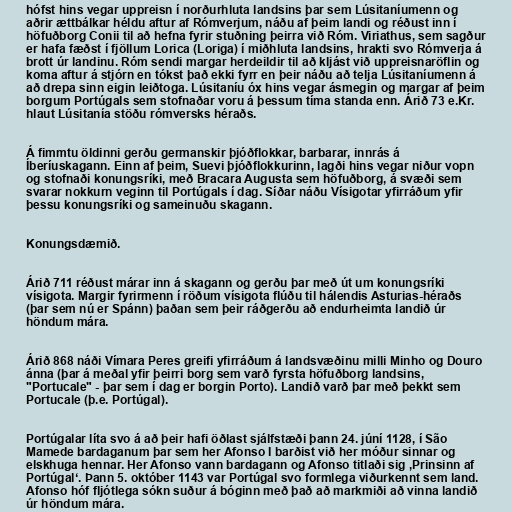
hófst hins vegar uppreisn í norðurhluta landsins þar sem Lúsitaníumenn og
aðrir ættbálkar héldu aftur af Rómverjum, náðu af þeim landi og réðust inn í
höfuðborg Conii til að hefna fyrir stuðning þeirra við Róm. Viriathus, sem sagður
er hafa fæðst í fjöllum Lorica (Loriga) í miðhluta landsins, hrakti svo Rómverja á
brott úr landinu. Róm sendi margar herdeildir til að kljást við uppreisnaröflin og
koma aftur á stjórn en tókst það ekki fyrr en þeir náðu að telja Lúsitaníumenn á
að drepa sinn eigin leiðtoga. Lúsitaníu óx hins vegar ásmegin og margar af þeim
borgum Portúgals sem stofnaðar voru á þessum tíma standa enn. Árið 73 e.Kr.
hlaut Lúsitanía stöðu rómversks héraðs.

Á fimmtu öldinni gerðu germanskir þjóðflokkar, barbarar, innrás á
Íberíuskagann. Einn af þeim, Suevi þjóðflokkurinn, lagði hins vegar niður vopn
og stofnaði konungsríki, með Bracara Augusta sem höfuðborg, á svæði sem
svarar nokkurn veginn til Portúgals í dag. Síðar náðu Vísigotar yfirráðum yfir
þessu konungsríki og sameinuðu skagann.

Konungsdæmið.

Árið 711 réðust márar inn á skagann og gerðu þar með út um konungsríki
vísigota. Margir fyrirmenn í röðum vísigota flúðu til hálendis Asturias-héraðs
(þar sem nú er Spánn) þaðan sem þeir ráðgerðu að endurheimta landið úr
höndum mára.

Árið 868 náði Vímara Peres greifi yfirráðum á landsvæðinu milli Minho og Douro
ánna (þar á meðal yfir þeirri borg sem varð fyrsta höfuðborg landsins,
"Portucale" - þar sem í dag er borgin Porto). Landið varð þar með þekkt sem
Portucale (þ.e. Portúgal).

Portúgalar líta svo á að þeir hafi öðlast sjálfstæði þann 24. júní 1128, í São
Mamede bardaganum þar sem her Afonso I barðist við her móður sinnar og
elskhuga hennar. Her Afonso vann bardagann og Afonso titlaði sig ‚Prinsinn af
Portúgal‘. Þann 5. október 1143 var Portúgal svo formlega viðurkennt sem land.
Afonso hóf fljótlega sókn suður á bóginn með það að markmiði að vinna landið
úr höndum mára.